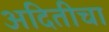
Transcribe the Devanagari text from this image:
अदितीचा